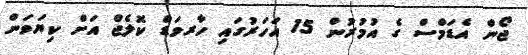
ޖޯން އެޑަމްސް ގެ އުމުރުން 15 އަހަރުގައި ހާރވަޑް ކޮލެޖް އަށް ކިޔަވަން